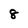
Character: 8